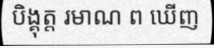
បិង្គុត្ត រមាណ ព ឃើញ